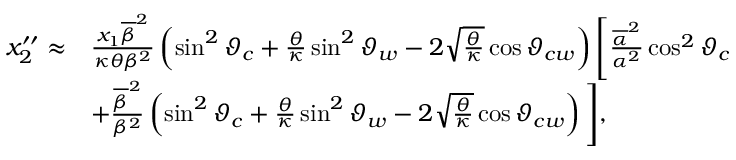
\begin{array} { r l } { x _ { 2 } ^ { \prime \prime } \approx } & { \frac { x _ { 1 } \overline { { \beta } } ^ { 2 } } { \kappa \theta \beta ^ { 2 } } \left( \sin ^ { 2 } \vartheta _ { c } + \frac { \theta } { \kappa } \sin ^ { 2 } \vartheta _ { w } - 2 \sqrt { \frac { \theta } { \kappa } } \cos \vartheta _ { c w } \right) \Bigg [ \frac { \overline { { \alpha } } ^ { 2 } } { \alpha ^ { 2 } } \cos ^ { 2 } \vartheta _ { c } } \\ & { + \frac { \overline { { \beta } } ^ { 2 } } { \beta ^ { 2 } } \left( \sin ^ { 2 } \vartheta _ { c } + \frac { \theta } { \kappa } \sin ^ { 2 } \vartheta _ { w } - 2 \sqrt { \frac { \theta } { \kappa } } \cos \vartheta _ { c w } \right) \Bigg ] , } \end{array}